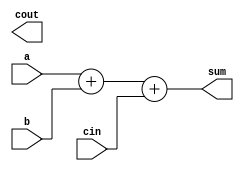
module carry_lookahead_adder (
  input [7:0] a,
  input [7:0] b,
  input cin,
  output [7:0] sum,
  output cout
);

wire [8:0] p; // generate/carry propagate signals
wire [8:0] g; // generate/carry generate signals

assign p[0] = a[0] ^ b[0];
assign g[0] = a[0] & b[0];

genvar i;
generate
  for (i = 1; i < 8; i=i+1) begin
    assign p[i] = a[i] ^ b[i];
    assign g[i] = a[i] & b[i];
  end
endgenerate

wire [8:0] c; // carry signals for each block
wire [8:0] c_propagate;
wire [8:0] c_generate;

assign c[0] = cin;
assign c_propagate[0] = p[0] | g[0];
assign c_generate[0] = g[0];

generate
  for (i = 1; i < 8; i=i+1) begin
    assign c[i] = c_generate[i-1] | (c_propagate[i-1] & c[i-1]);
    assign c_propagate[i] = p[i] | g[i];
    assign c_generate[i] = g[i] & c_propagate[i-1];
  end
endgenerate

assign sum = a + b + cin;
assign cout = c[8];

endmodule